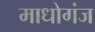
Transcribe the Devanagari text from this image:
माधोगंज